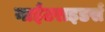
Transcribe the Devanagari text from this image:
नाईटराइडर्स